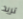
تريد